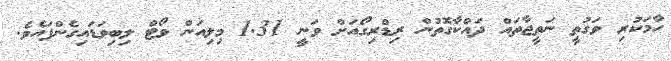
ހާމަކުރި ވަގުތީ ނަތީޖާތައް ދައްކާގޮތުން ރިޑްރިގޯއަށް ވަނީ 1.31 މިލިއަން ވޯޓް ލިބިވަޑައިގެންފައެވެ.